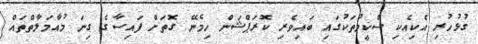
ގުޅުހުރި އެކިއެކި ސްކީމުތަކުގައި ބައިވެރި ކޮރަޕްޝަން ހިމެނޭ ގޮތަށް ފައިސާގެ ގިނަ މުއާމަލާތްތައް